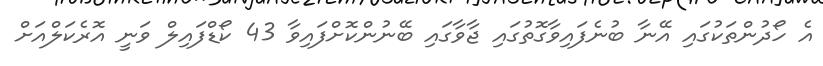
އެ ހޯދުންތަކުގައި އޭނާ ބުނެފައިވާގޮތުގައި ޖާވާގައި ބޭނުންކޮށްފައިވާ 43 ކޯޑްފައިލް ވަނީ އޮރެކަލްއަށް